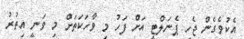
އެކުވެގެން ޖެހި ޕެނަލްޓީ އަށް ފަހު މި ވާހަކަތަށް މި ވަނީ އިތުރު